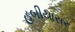
હબીયાસર